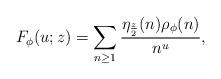
LaTeX: \begin{align*} F_\phi(u; z) = \sum_{n \geq 1}\frac{\eta_{\frac{z}{2}}(n)\rho_\phi(n)}{n^u}, \end{align*}